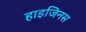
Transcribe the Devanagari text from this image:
हाइजिनस